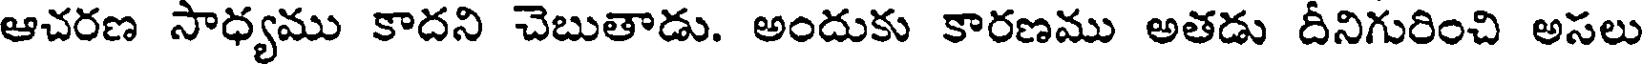
ఆచరణ సాధ్యము కాదని చెబుతాడు. అందుకు కారణము అతడు దీనిగురించి అసలు